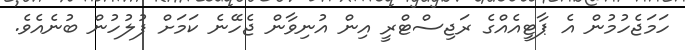
ހަމަޖެހުމުން އެ ޕާޓީއެއްގެ ރަޖިސްޓްރީ އިން އުނިވާން ޖެހޭނެ ކަމަށް ފުލުހުން ބުނެއެވެ.